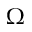
\Omega